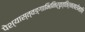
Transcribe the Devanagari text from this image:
पेश्यास्त्वङ्गाभिनिर्वृत्तिर्नखरोमाणि